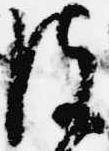
彼